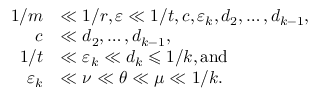
\begin{array} { r l } { 1 / m } & { \ll 1 / r , \varepsilon \ll 1 / t , c , \varepsilon _ { k } , d _ { 2 } , \dots , d _ { k - 1 } , } \\ { c } & { \ll d _ { 2 } , \dots , d _ { k - 1 } , } \\ { 1 / t } & { \ll \varepsilon _ { k } \ll d _ { k } \leqslant 1 / k , \mathrm { a n d } } \\ { \varepsilon _ { k } } & { \ll \nu \ll { \theta } \ll \mu \ll 1 / k . } \end{array}